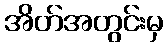
အိတ်အတွင်းမှ